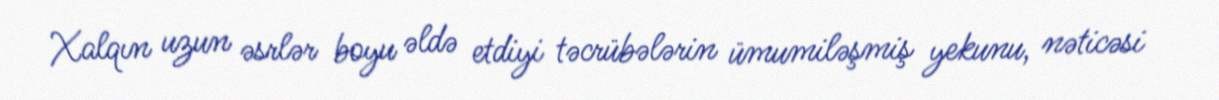
Xalqın uzun əsrlər boyu əldə etdiyi təcrübələrin ümumiləşmiş yekunu, nəticəsi